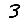
Digit: 3